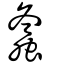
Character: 螽